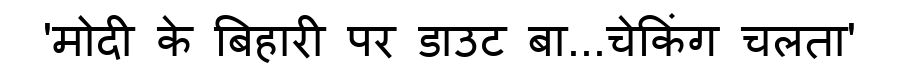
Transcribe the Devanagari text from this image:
'मोदी के बिहारी पर डाउट बा...चेकिंग चलता'